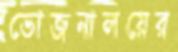
ভোজনালয়ের